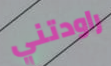
راودتني